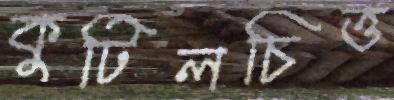
কুটিলচিত্ত